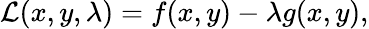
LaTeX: {\mathcal{L}}(x,y,\lambda)=f(x,y)-\lambda g(x,y),